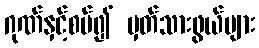
ဂုဏ်နှင့်စပ်၍ မှတ်သားဖွယ်များ